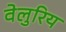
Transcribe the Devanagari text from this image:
वेलुरिय